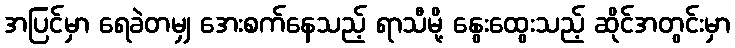
အပြင်မှာ ရေခဲတမျှ အေးစက်နေသည့် ရာသီမို့ နွေးထွေးသည့် ဆိုင်အတွင်းမှာ